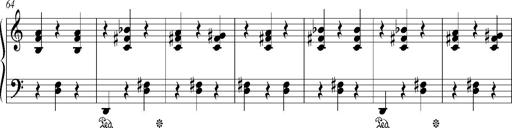
Title: Bagatelle sans tonalitÃ©
Composer: Franz Liszt